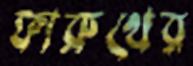
ফারুখের